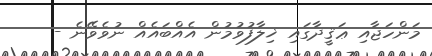
މަންހަޖާއި ޢަޤީދާގައި ޚިލާފުވުމުން އެއްބައެއް ނުވެވޭނެ -